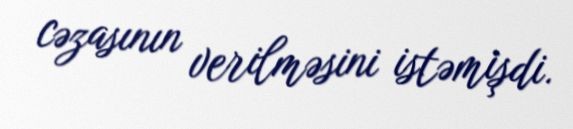
cəzasının verilməsini istəmişdi.